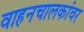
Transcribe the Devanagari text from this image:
वाहनचालकांवर